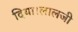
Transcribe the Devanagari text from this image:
दिया।लालजी